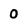
Character: 0